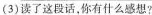
(3)读了这段话，你有什么感想?